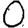
Digit: 0